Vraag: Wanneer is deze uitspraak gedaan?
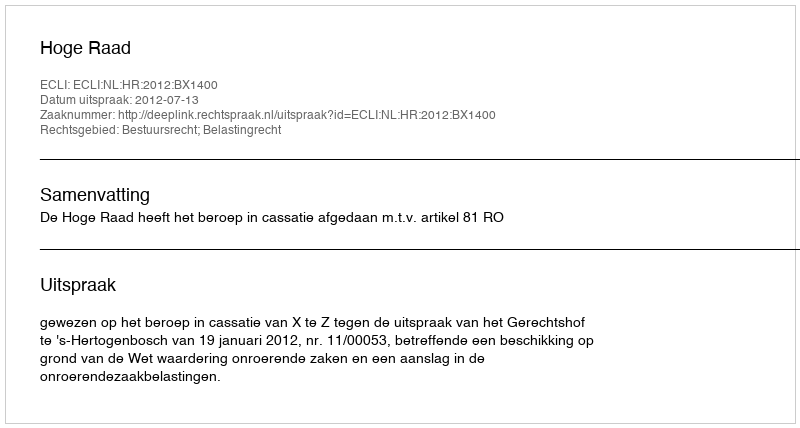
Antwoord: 2012-07-13